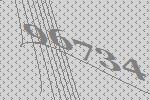
96734